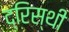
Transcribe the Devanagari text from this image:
द्रिस्थी